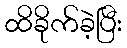
ထိခိုက်ခဲ့ပြီး